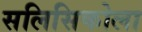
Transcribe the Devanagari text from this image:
सलिसिकोला